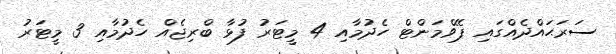
ސަރަޙައްދެއްގައި ޕޭވްމަންޓް ހެދުމާއި 4 މީޓަރު ފުޅާ ބްރިޖެއް ހެދުމާއި 3 މީޓަރު